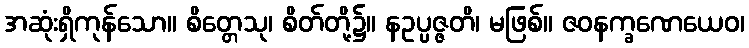
အဆုံးရှိကုန်သော။ စိတ္တေသု၊ စိတ်တို့၌။ နဥပ္ပဇ္ဇတိ၊ မဖြစ်။ ဇဝနက္ခဏေယေဝ၊